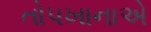
તોપખાનાએ